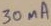
Text: 30mA